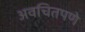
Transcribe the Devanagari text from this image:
अवचितपणे